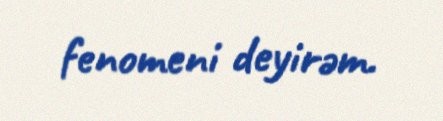
fenomeni deyirəm.